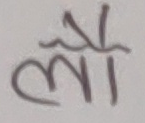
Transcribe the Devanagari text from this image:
लौ